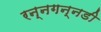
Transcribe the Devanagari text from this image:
रन्नगन्नडी